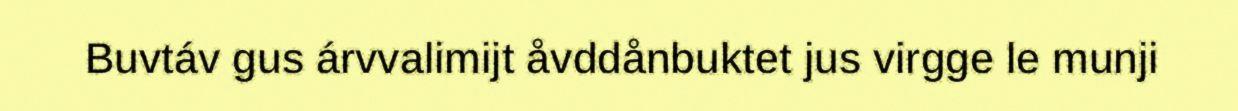
Buvtáv gus árvvalimijt åvddånbuktet jus virgge le munji